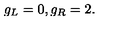
g _ { L } = 0 , g _ { R } = 2 .